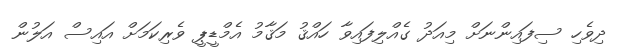
ދިވެހި ސިފައިންނަށް މިއަދު ގެއްލިފައިވާ ހައްޤު މަޤާމު އެމްޑީޕީ ވެރިކަމަށް އައިސް އަލުން